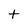
Character: t